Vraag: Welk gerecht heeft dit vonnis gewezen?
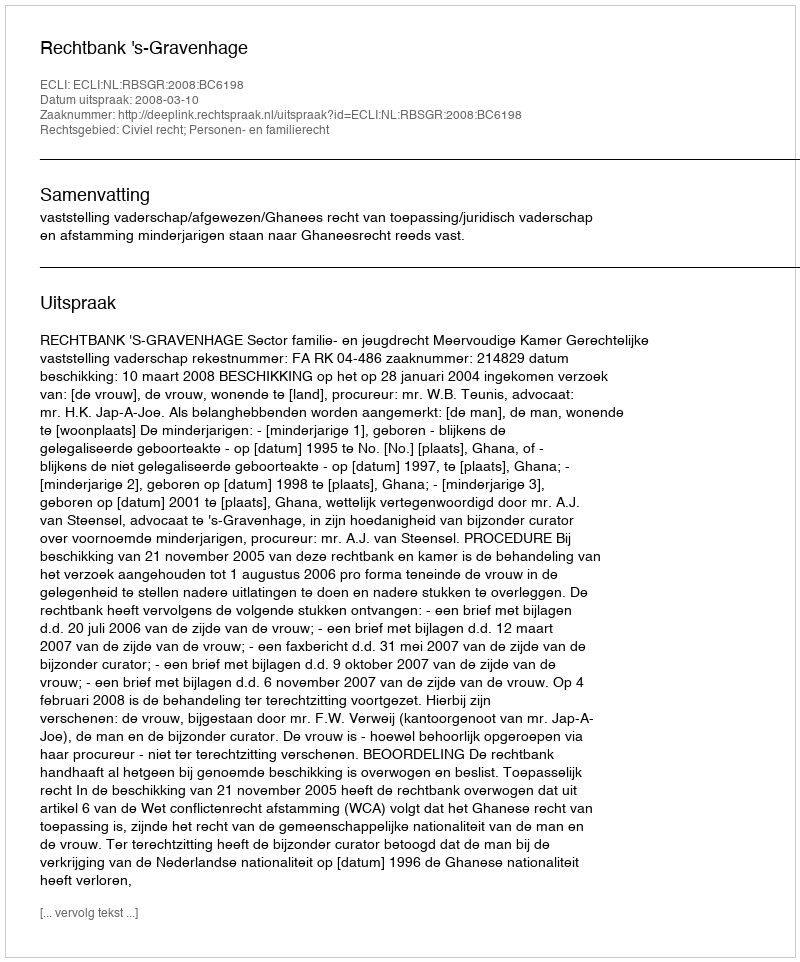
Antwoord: Rechtbank 's-Gravenhage